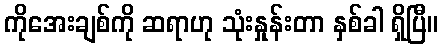
ကိုအေးချစ်ကို ဆရာဟု သုံးနှုန်းတာ နှစ်ခါ ရှိပြီ။